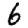
Digit: 6